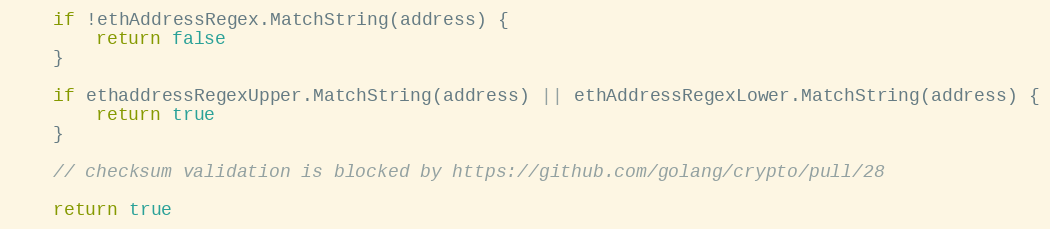
Language: Go
	if !ethAddressRegex.MatchString(address) {
		return false
	}

	if ethaddressRegexUpper.MatchString(address) || ethAddressRegexLower.MatchString(address) {
		return true
	}

	// checksum validation is blocked by https://github.com/golang/crypto/pull/28

	return true